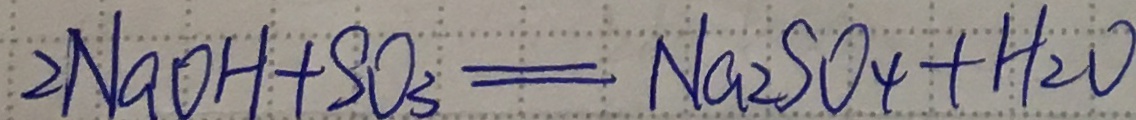
2 N a O H + S O _ { 3 } = N a _ { 2 } S O _ { 4 } + H _ { 2 } O